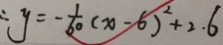
\therefore y = - \frac { 1 } { 6 0 } ( x - 6 ) ^ { 2 } + 2 . 6